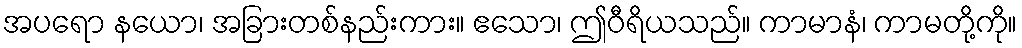
အပရော နယော၊ အခြားတစ်နည်းကား။ ဧသော၊ ဤဝီရိယသည်။ ကာမာနံ၊ ကာမတို့ကို။